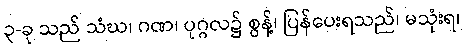
၃-ခု သည် သံဃ၊ ဂဏ၊ ပုဂ္ဂလ၌ စွန့်၊ ပြန်ပေးရသည်၊ မသုံးရ၊